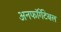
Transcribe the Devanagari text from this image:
अनफॉर्गेटेबल